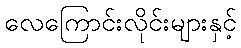
လေကြောင်းလိုင်းများနှင့်